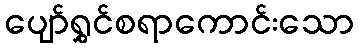
ပျော်ရွှင်စရာကောင်းသော